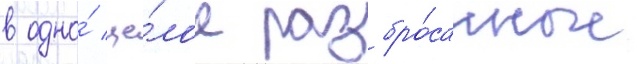
в одно́ це́лое разбро́санные